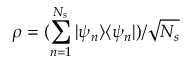
\rho = ( \sum _ { n = 1 } ^ { N _ { s } } | \psi _ { n } \rangle \langle \psi _ { n } | ) / \sqrt { N _ { s } }